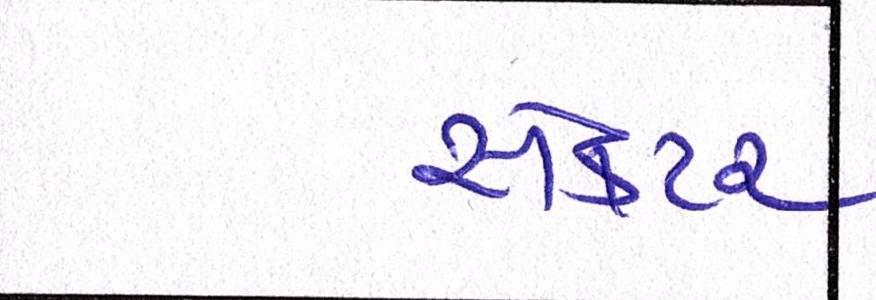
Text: સેકટર